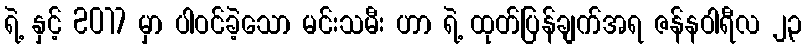
ရဲ့ နှင့် 2017 မှာ ပါဝင်ခဲ့သော မင်းသမီး ဟာ ရဲ့ ထုတ်ပြန်ချက်အရ ဇန်နဝါရီလ ၂၃